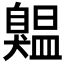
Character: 𦤨